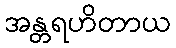
အန္တရဟိတာယ